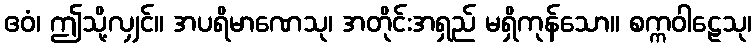
ဧဝံ၊ ဤသို့လျှင်။ အပရိမာဏေသု၊ အတိုင်းအရှည် မရှိကုန်သော။ စက္ကဝါဠေသု၊